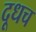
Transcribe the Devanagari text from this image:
दूधच